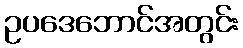
ဥပဒေဘောင်အတွင်း